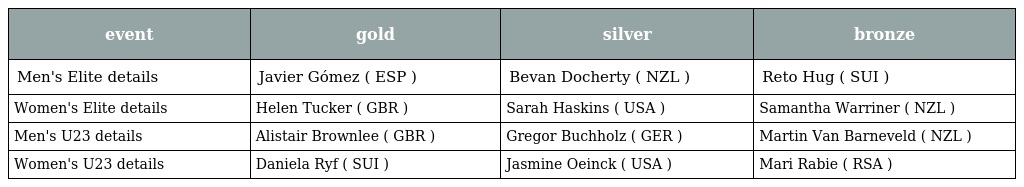
| event | gold | silver | bronze |
 | --- | --- | --- | --- |
 | Men's Elite details | Javier Gómez ( ESP ) | Bevan Docherty ( NZL ) | Reto Hug ( SUI ) |
 | Women's Elite details | Helen Tucker ( GBR ) | Sarah Haskins ( USA ) | Samantha Warriner ( NZL ) |
 | Men's U23 details | Alistair Brownlee ( GBR ) | Gregor Buchholz ( GER ) | Martin Van Barneveld ( NZL ) |
 | Women's U23 details | Daniela Ryf ( SUI ) | Jasmine Oeinck ( USA ) | Mari Rabie ( RSA ) |